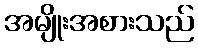
အမျိုးအစားသည်